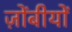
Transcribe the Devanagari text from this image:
ज़ोंबीयों